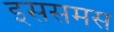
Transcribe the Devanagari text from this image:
इससमस